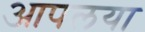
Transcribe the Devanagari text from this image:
आपलया